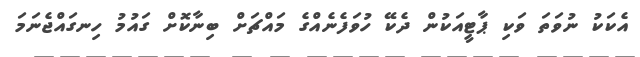
އެކަކު ނުވަތަ ވަކި ޕާޓީއަކުން ދެކޭ ހުވަފެނެއްގެ މައްޗަށް ބިނާކޮށް ގައުމު ހިނގައްޖެނަމަ